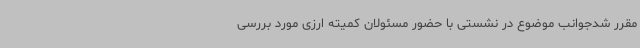
مقرر شدجوانب موضوع در نشستی با حضور مسئولان کمیته ارزی مورد بررسی